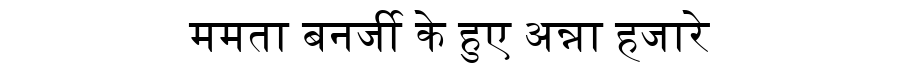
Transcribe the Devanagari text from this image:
ममता बनर्जी के हुए अन्ना हजारे